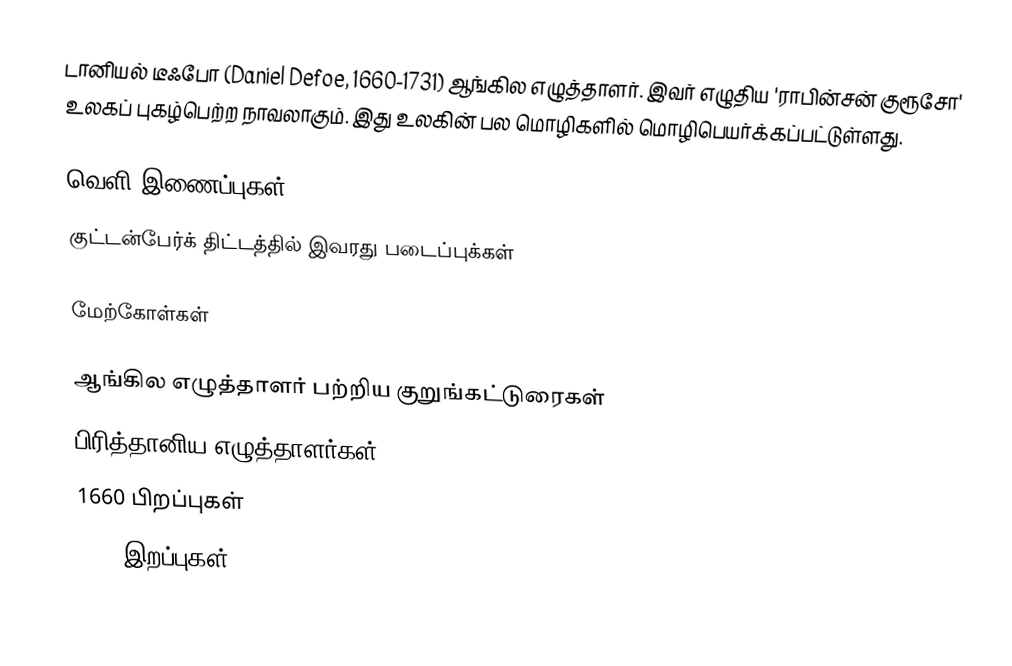
டானியல் டீஃபோ (Daniel Defoe, 1660-1731) ஆங்கில எழுத்தாளர். இவர் எழுதிய 'ராபின்சன் குரூசோ' உலகப் புகழ்பெற்ற நாவலாகும். இது உலகின் பல மொழிகளில் மொழிபெயர்க்கப்பட்டுள்ளது.

வெளி இணைப்புகள்
 குட்டன்பேர்க் திட்டத்தில் இவரது படைப்புக்கள்

மேற்கோள்கள்

ஆங்கில எழுத்தாளர் பற்றிய குறுங்கட்டுரைகள்
பிரித்தானிய எழுத்தாளர்கள்
1660 பிறப்புகள்
1731 இறப்புகள்